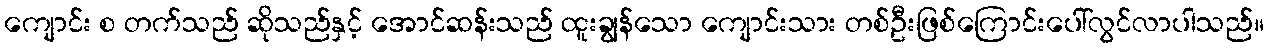
ကျောင်း စ တက်သည် ဆိုသည်နှင့် အောင်ဆန်းသည် ထူးချွန်သော ကျောင်းသား တစ်ဦးဖြစ်ကြောင်းပေါ်လွင်လာပါသည်။